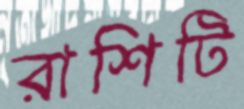
রাশিটি